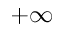
+ \infty